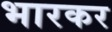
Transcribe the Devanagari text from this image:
भारकर